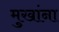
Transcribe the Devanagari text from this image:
मुखांना